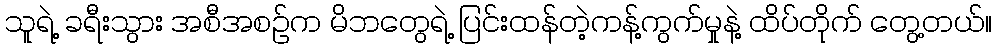
သူရဲ့ ခရီးသွား အစီအစဉ်က မိဘတွေရဲ့ ပြင်းထန်တဲ့ကန့်ကွက်မှုနဲ့ ထိပ်တိုက် တွေ့တယ်။